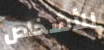
للأشخاص